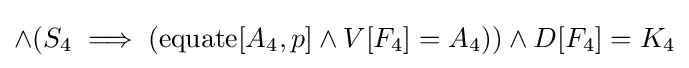
\land (S_{4}\implies (\operatorname {equate} [A_{4},p]\land V[F_{4}]=A_{4}))\land D[F_{4}]=K_{4}